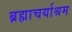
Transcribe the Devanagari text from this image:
ब्रह्माचर्याश्रम